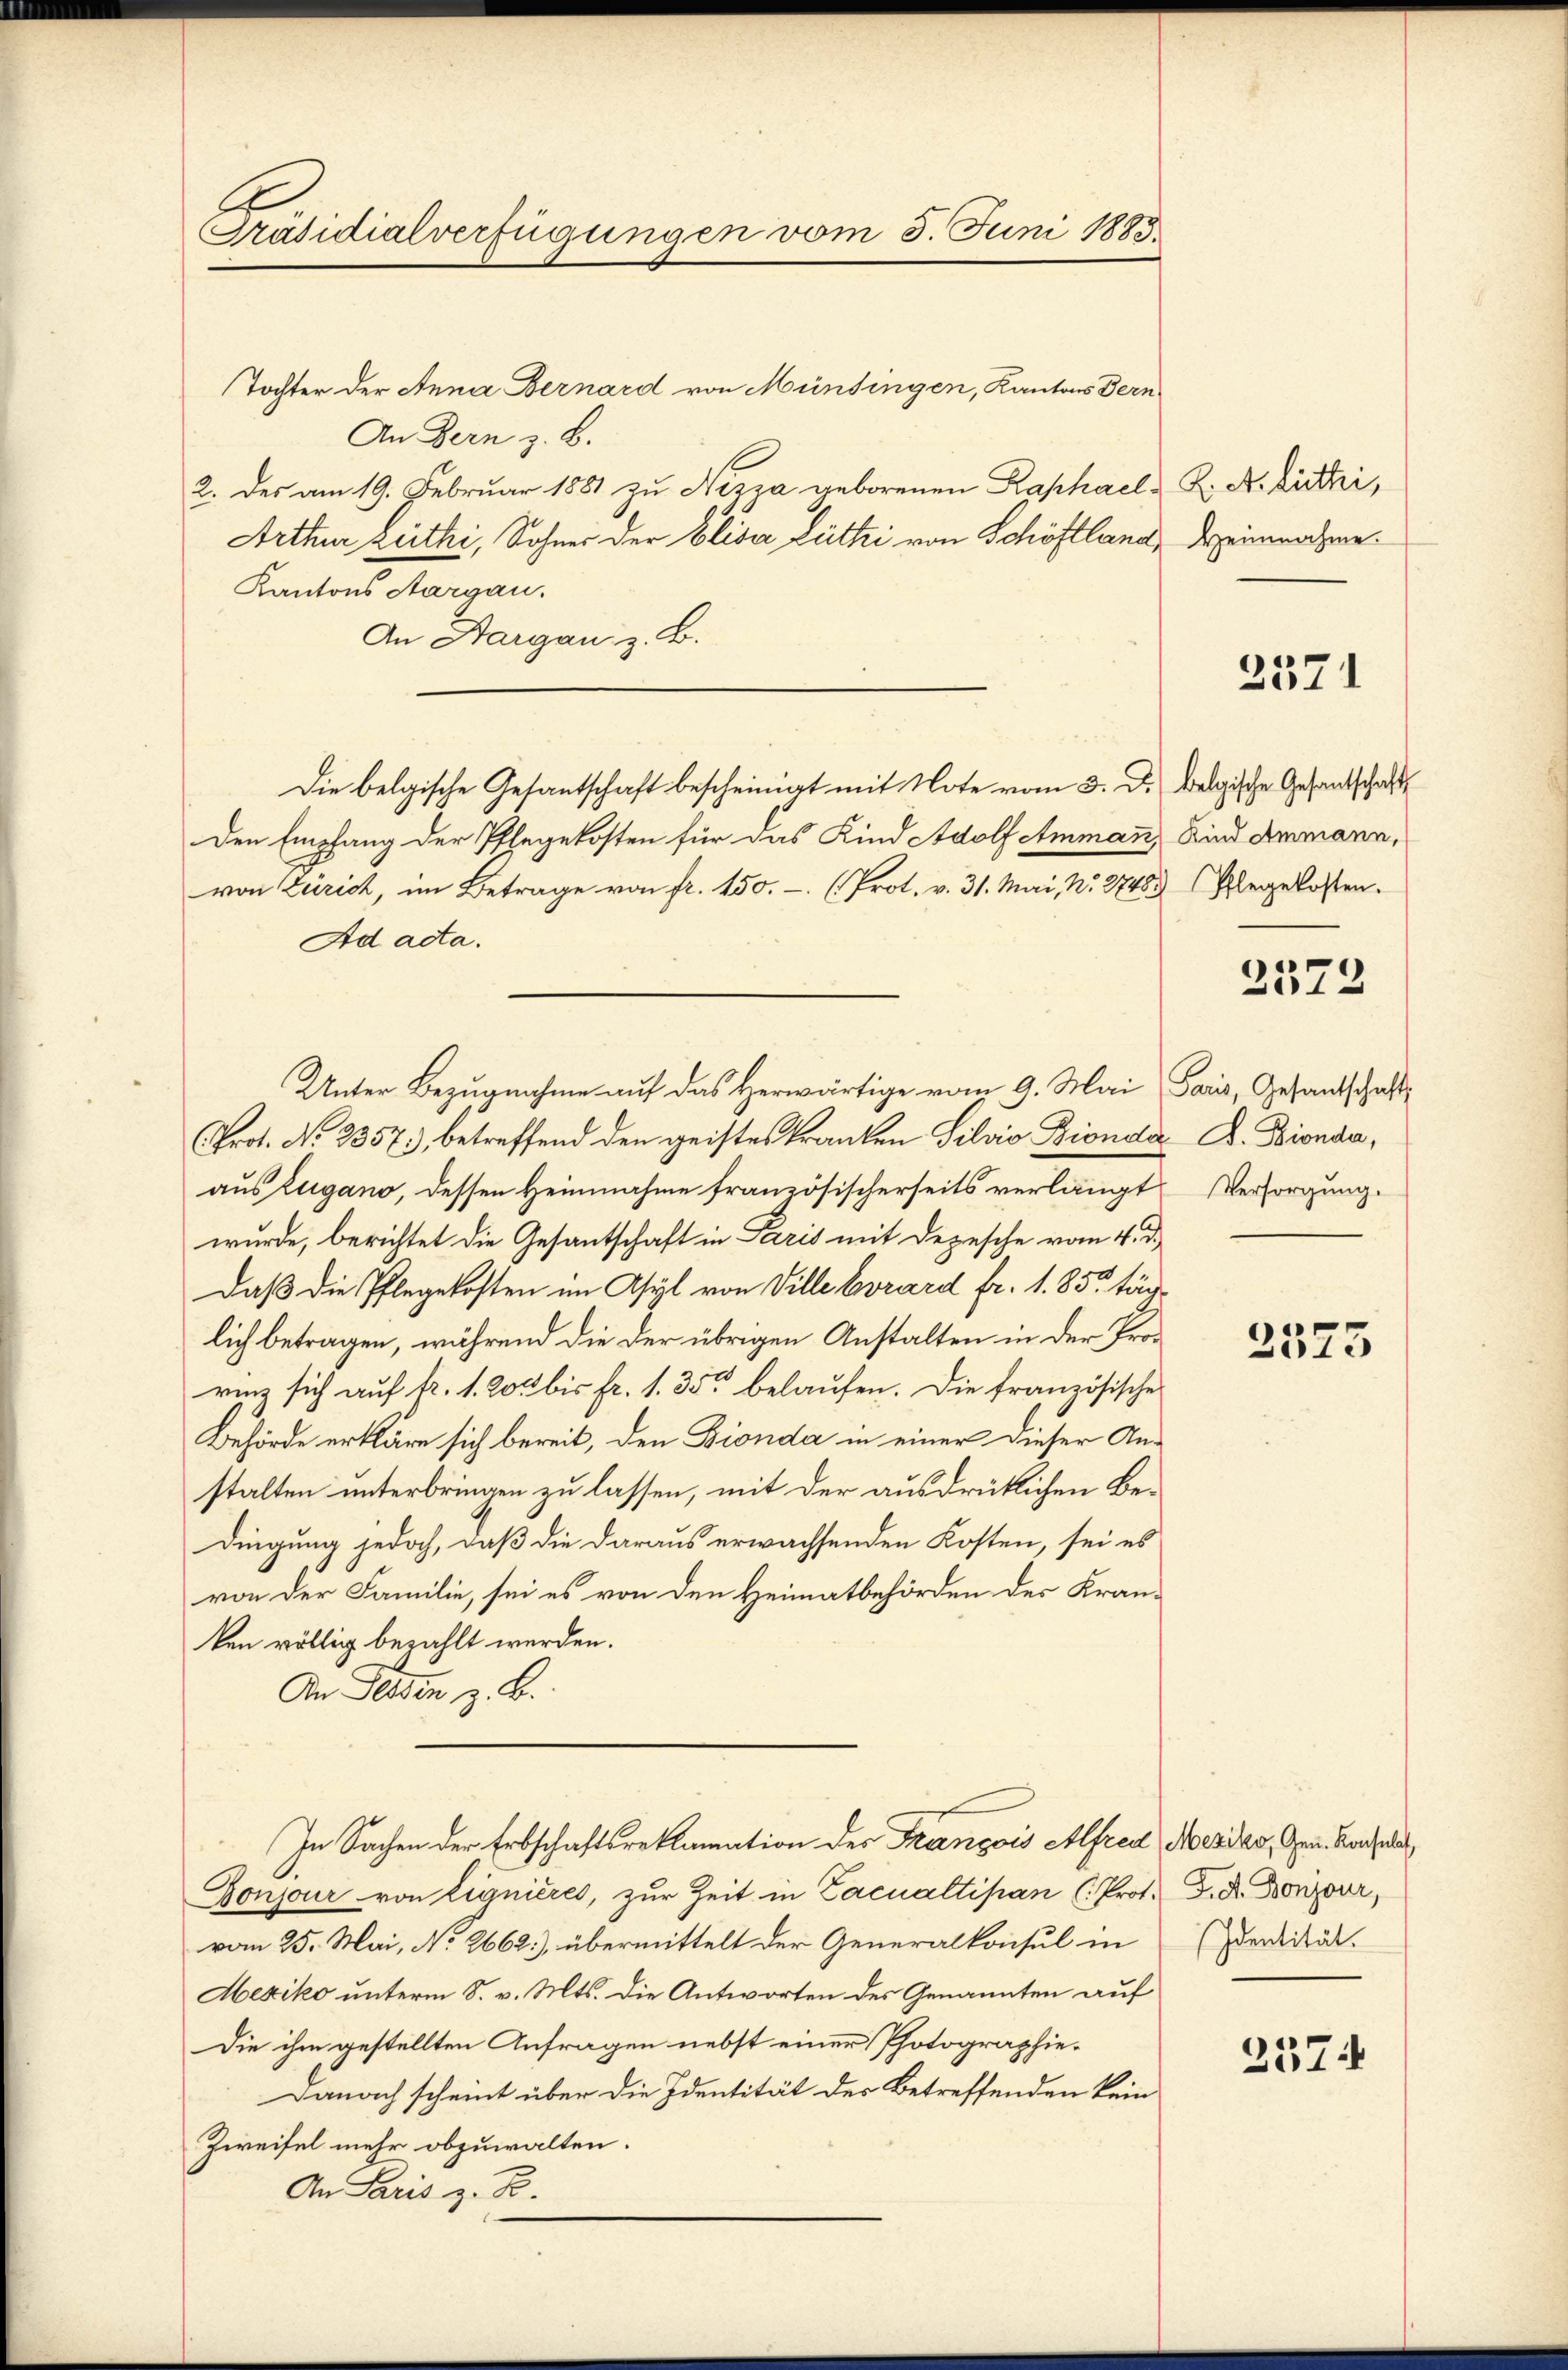
Präsidialverfügungen vom 3. Juni 1883.

Tochter der Anna Bernard von Münsingen, Kantons Bern
An Bern z. B.
2. des am 19. Februar 1881 zu Nizza geborenen Raphael - K. A. Rittei,
Arthur Zuthi, Sohner der Eliser Lüthi von Schöftland,
Kantons Aargau.
An Aargau z. B.
Die belgische Gesantschaft bescheinigt mit Note vom 3. d. belgische Gesandschaft
Den Empfang der Pflegekosten für das Kind Adolf Amman
von Zürich, im Betrage von fr. 150.- (Prot. v. 31. Mai, Nr. 2748) Abegekosten.
Ad acta.
Unter Bezugnahme auf das Herwärtige vom 9. Mai Paris, Gesandschaft¬
Prot. No. 2357, betreffend den geistes kranken Silvio Bionda A. Bionda,
aus Zugano, dessen Heimahme französischerseits verlangt Versorgung.
wurde, berichtet die Gesantschaft in Paris mit Depesche vom 4. d.
Daß die Pflegekosten im Asyl von Ville Evrard fr. 1. 85. täglich betragen, während die der übrigen Anstalten in der Prorinz sich auf fr. 1. 205 bis Fr. 1. 35 belaufen. Die französische
Behörde erkläre sich bereit, den Bionda in einer dieser Anstalten unterbringen zu lassen, mit der ausdrüklichen Bedingung jedoch, daß die daraus erwachsenden Kosten, sei es
von der Familie, sei es von den Heimatbehörden des Kran-
ken völlig bezahlt werden.
An Felden z. B.
In Sachen der Erbschaftsreklamation der François Alfred Mesiko, gern. Kanal
Gonjour von Lignieres, zur Zeit in Lacualtipan (Prot. F. K. Horizover,
vom 25. Mai, No 2662), übermittelt der Generalkonsul in
Mexiko unterm 8. v. Mts. die Antworten des Genannten auf
Die ihm gestellten Anfragen nebst einer Photographie¬
Danach scheint über die Identität des Betreffenden kein
Zweifel mehr abzuwalten.
An Paris z. B.

Heinnahme.

2571

Kind Ammann,

2572

e
2375

Identität.

237